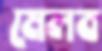
মেলব